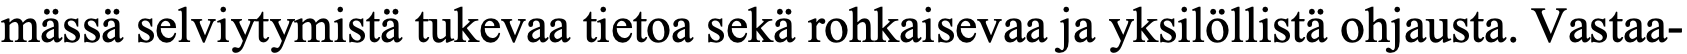
mässä selviytymistä tukevaa tietoa sekä rohkaisevaa ja yksilöllistä ohjausta. Vastaa-